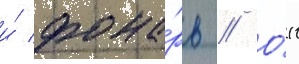
и́ фона́рь // О́н